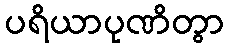
ပရိယာပုဏိတွာ